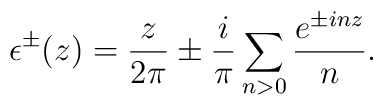
\epsilon^{\pm}(z)=\frac{z}{2\pi}\pm\frac{i}{\pi}\sum_{n>0}\frac{e^{\pm inz}}{n}.